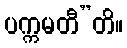
ပက္ကမတီ”တိ။